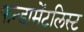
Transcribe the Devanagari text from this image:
फन्डामेंटलिस्ट